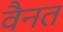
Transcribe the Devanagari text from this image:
वैनत